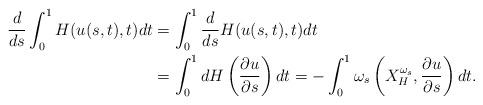
LaTeX: \begin{align*}\frac{d}{ds} \int_0^1 H(u(s,t), t) dt &= \int_0^1 \frac{d}{ds} H(u(s,t),t)dt \\& = \int_0^1 dH \left( \frac{\partial u}{\partial s} \right) dt = -\int_0^1 \omega_s \left( X^{\omega_s}_H, \frac{\partial u}{\partial s} \right) dt.\end{align*}